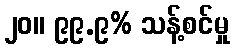
၂၀။ ၉၉.၉% သန့်စင်မှု